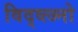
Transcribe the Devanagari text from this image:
विद्व्त्ज्नो